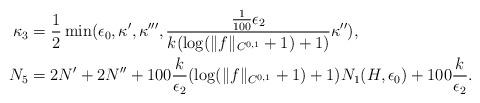
LaTeX: \begin{align*} \kappa_3& = \frac{1}{2}\min(\epsilon_0, \kappa',\kappa''', \frac{\frac{1}{100}\epsilon_2}{k ( \log(\Vert f\Vert_{C^{0,1}}+1)+1 )}\kappa''), \\ N_5 &= 2N' + 2N'' + 100 \frac{k}{\epsilon_2}(\log(\Vert f\Vert_{C^{0,1}}+1) + 1)N_1(H,\epsilon_0) + 100 \frac{k}{\epsilon_2}. \end{align*}